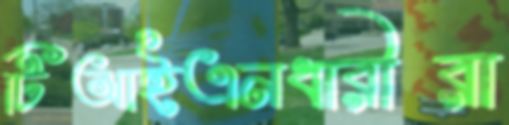
টিআইএনধারীরা